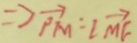
\Rightarrow \overrightarrow { P M } = l \overrightarrow { M F }